Newspaper: Los Angeles daily herald. [volume]
Place of publication: Los Angeles [Calif.]
Publisher: Herald Print. Co.
Date: 1875-04-04 00:00:00
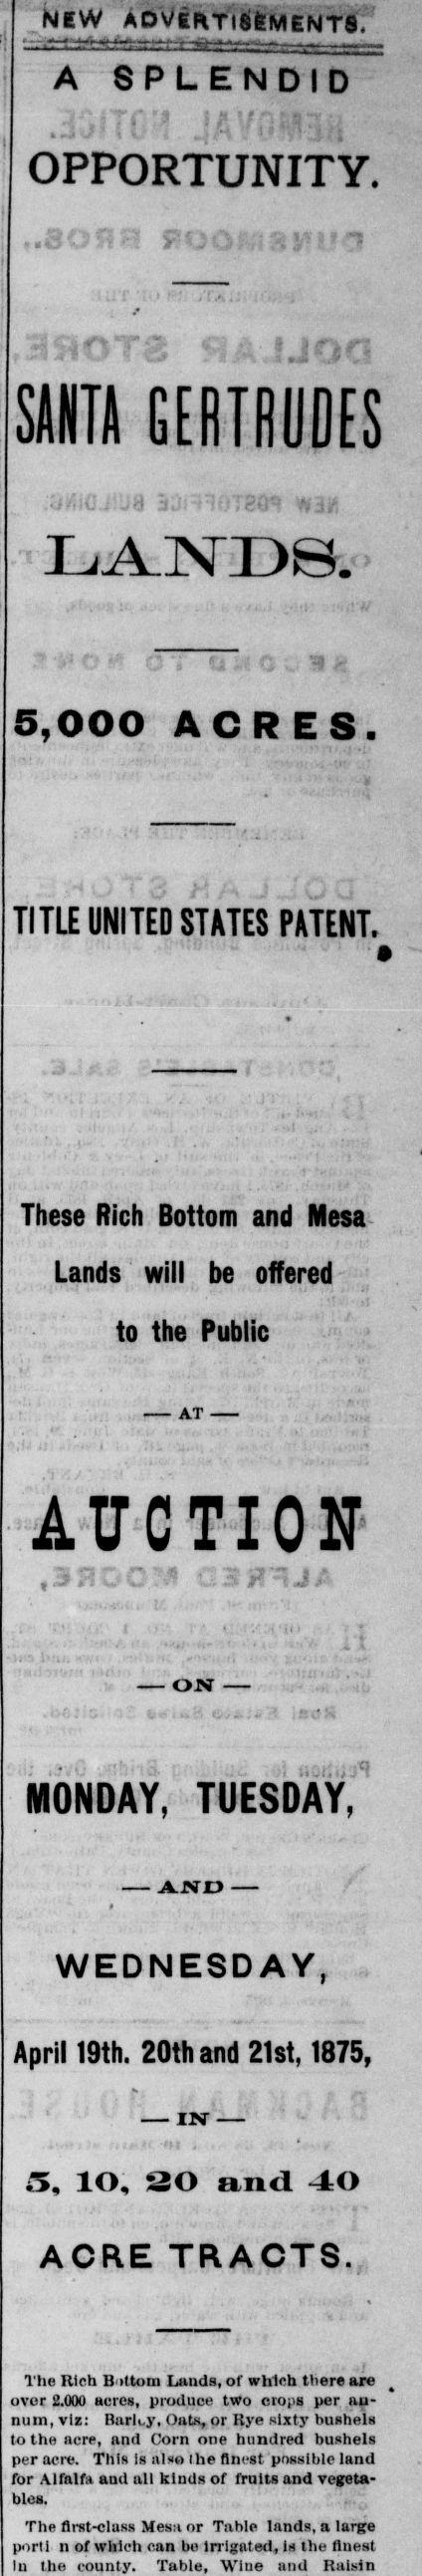
Label: text-only